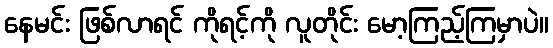
နေမင်း ဖြစ်လာရင် ကိုရင့်ကို လူတိုင်း မော့ကြည့်ကြမှာပဲ။